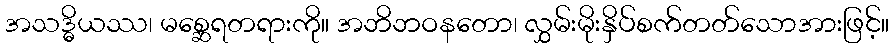
အသဒ္ဓိယဿ၊ မစ္ဆေရတရားကို။ အဘိဘဝနတော၊ လွှမ်းမိုးနှိပ်စက်တတ်သောအားဖြင့်။